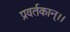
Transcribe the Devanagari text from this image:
प्रवर्तकान्।।